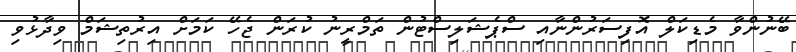
ބޭނުންވާ މެޑިކަލް އޮފިސަރުންނާއި ސްޕެޝަލިސްޓުން ތަމްރީނު ކުރަން ޖެހޭ ކަމަށް އިރުތިޝަމް ވިދާޅުވި